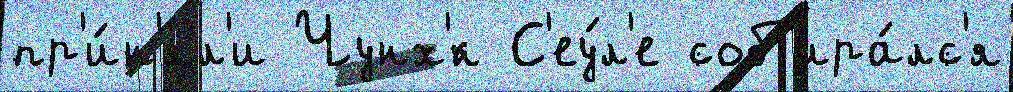
пр'и́н'ял'и Чунх'́к С'еу́л'е соб'ира́лс'я